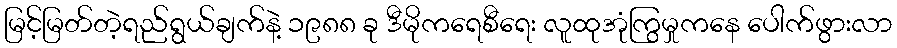
မြင့်မြတ်တဲ့ရည်ရွယ်ချက်နဲ့ ၁၉၈၈ ခု ဒီမိုကရေစီရေး လူထုအုံကြွမှုကနေ ပေါက်ဖွားလာ